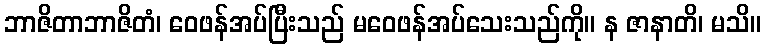
ဘာဇိတာဘာဇိတံ၊ ဝေဖန်အပ်ပြီးသည် မဝေဖန်အပ်သေးသည်ကို။ န ဇာနာတိ၊ မသိ။